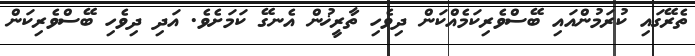
ތެރޭގައި ކުރަމުންއައި ބޭސްވެރިކަމެއްކަން ދިވެހި ތާރީޚުން އެނގޭ ކަމަށެވެ. އަދި ދިވެހި ބޭސްވެރިކަން